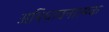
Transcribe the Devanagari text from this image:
अभिधावनात्मक